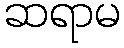
ဆရာမ